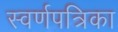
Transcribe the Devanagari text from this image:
स्वर्णपत्रिका